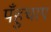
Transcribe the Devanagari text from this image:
पँहुचाए